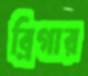
ব্রিগার